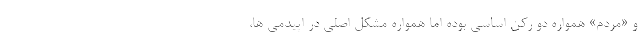
و «مردم» همواره دو رکن اساسی بوده اما همواره مشکل اصلی در اپیدمی ها،